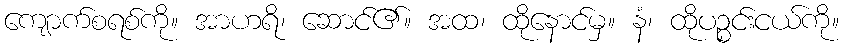
ကျောက်စရစ်ကို။ အာဟရိ၊ ဆောင်၏။ အထ၊ ထိုနောင်မှ။ နံ၊ ထိုပဉ္စင်းငယ်ကို။